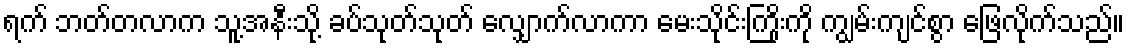
ရက် ဘတ်တလာက သူ့အနီးသို့ ခပ်သုတ်သုတ် လျှောက်လာကာ မေးသိုင်းကြိုးကို ကျွမ်းကျင်စွာ ဖြေလိုက်သည်။